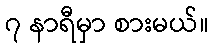
၇ နာရီမှာ စားမယ်။